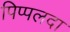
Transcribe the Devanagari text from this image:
पिप्‍पलदा